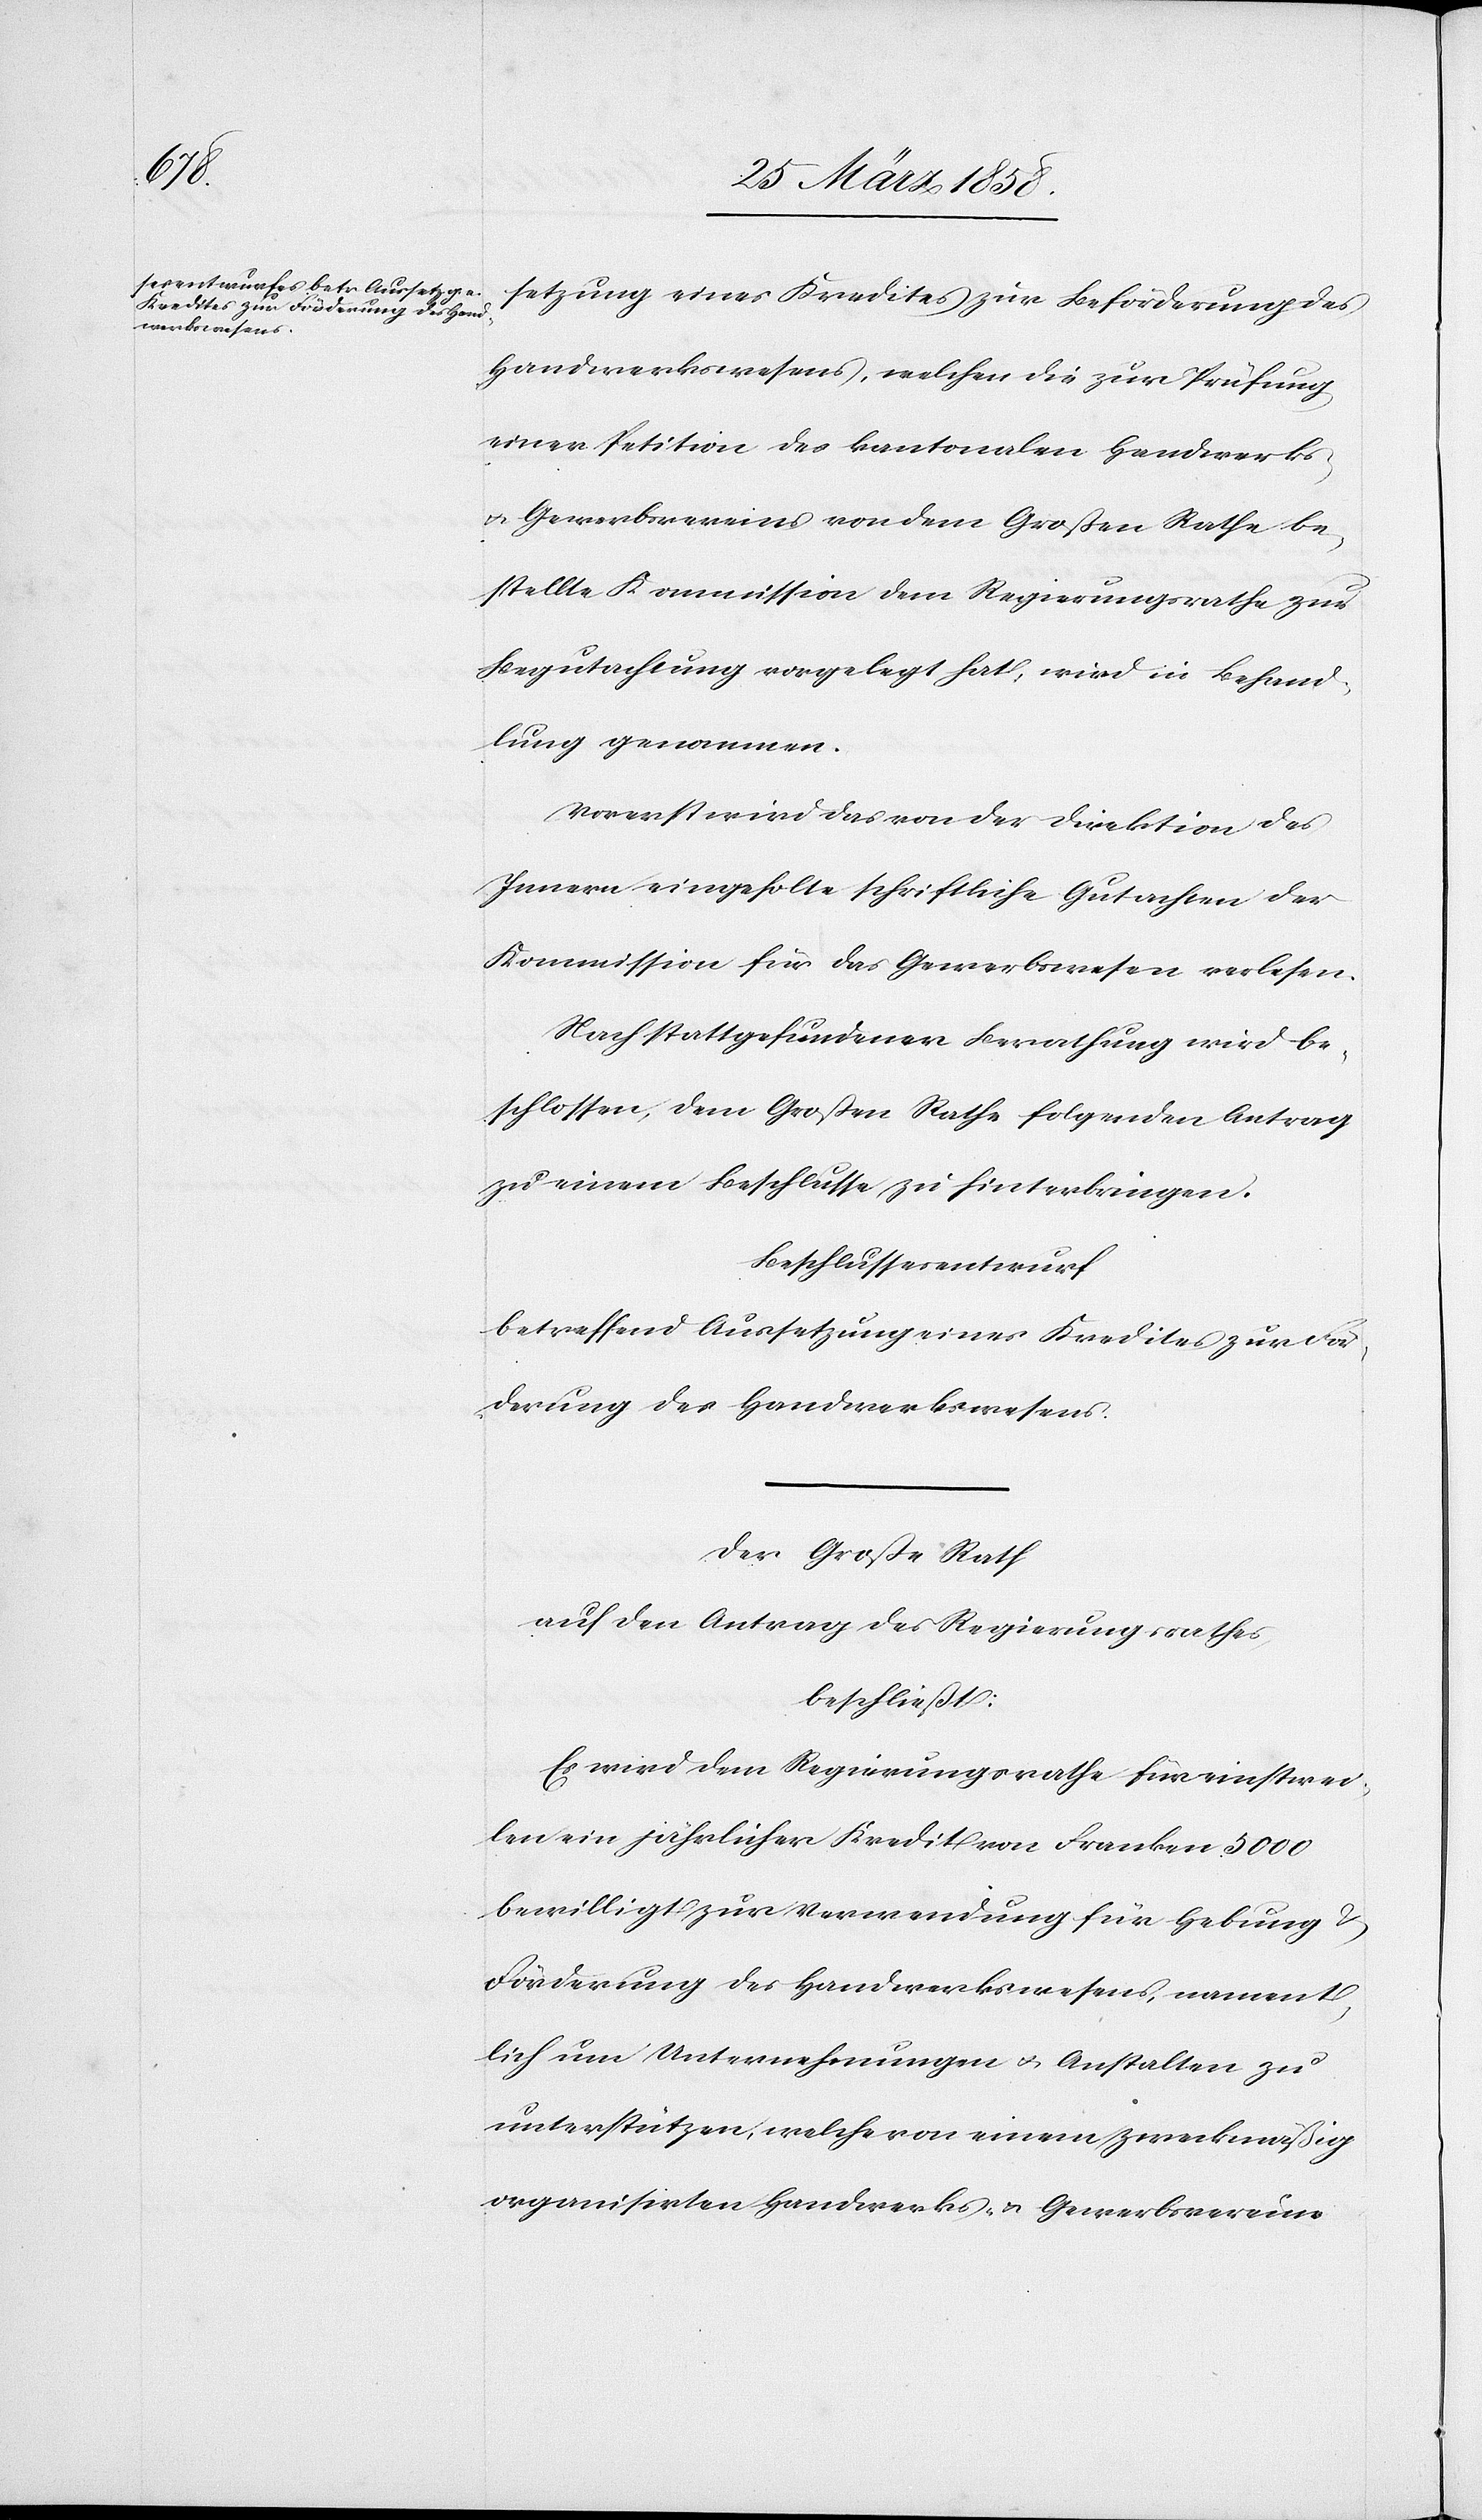
setzung eines Kredites zur Beförderung des
Handwerkswesens, welchen die zur Prüfung
einer Petition des kantonalen Handwerks-
u. Gewerbsvereins von dem Großen Rathe be¬
stellte Kommission dem Regierungsrathe zur
Begutachtung vorgelegt hat, wird in Behand¬
lung genommen.
Vorerst wird das von der Direktion des
Innern eingeholte schriftliche Gutachten der
Kommission für das Gewerbswesen verlesen.
Nach stattgefundener Berathung wird be¬
schlossen, dem Großen Rathe folgenden Antrag
zu einem Beschlusse zu hinterbringen.
Beschlussesentwurf
betreffend Aussetzung eines Kredites zur För¬
derung des Handwerkswesens.
Der Große Rath
auf den Antrag des Regierungsrathes,
beschließt:
Es wird dem Regierungsrathe für einstwei¬
len ein jährlicher Kredit von Franken 5000
bewilligt zur Verwendung für Hebung u.
Förderung des Handwerkswesens, nament¬
lich um Unternehmungen u. Anstalten zu
unterstützen, welche von einem zweckmäßig
organisirten Handwerks- u. Gewerbsvereine